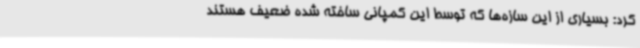
کرد:‌ بسیاری از این سازه‌ها که توسط این کمپانی ساخته شده ضعیف هستند